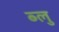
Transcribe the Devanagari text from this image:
ब्‍लु